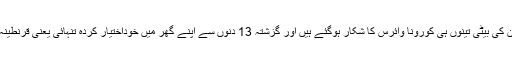
ندا یاسر ، یاسر نواز اور ان کی بیٹی تینوں ہی کورونا وائرس کا شکار ہوگئے ہیں اور گزشتہ 13 دنوں سے اپنے گھر میں خوداختیار کردہ تنہائی یعنی قرنطینہ میں وقت گزار رہے ہیں۔